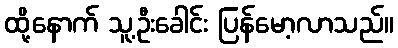
ထို့နောက် သူ့ဦးခေါင်း ပြန်မော့လာသည်။